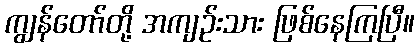
ကျွန်တော်တို့ အကျဉ်းသား ဖြစ်နေကြပြီ။